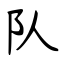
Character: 队